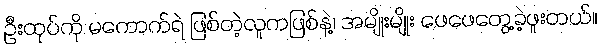
ဦးထုပ်ကို မကောက်ရဲ ဖြစ်တဲ့လူကဖြစ်နဲ့၊ အမျိုးမျိုး ဖေဖေတွေ့ခဲ့ဖူးတယ်။